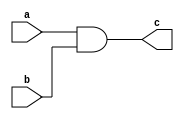
module continuous_assignment (
    input wire a,
    input wire b,
    output reg c
);

always @ (*) begin
    c = a & b; // Continuous assignment statement modeling AND gate
end

endmodule